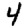
Digit: 4